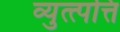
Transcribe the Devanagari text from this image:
व्युत्त्पत्ति